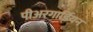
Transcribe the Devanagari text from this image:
पीअरगार्डियन